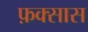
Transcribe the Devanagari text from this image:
फ़क्सास